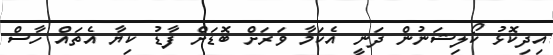
އިދިކޮޅު ކޯލިޝަނުން ދަނީ އެކަމާ ވަރަށް ބޮޑަށް ފާޑު ކިޔާ އެތައް ހާސް